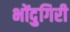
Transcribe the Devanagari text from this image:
भोंदुगिरी